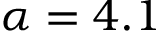
\alpha = 4 . 1